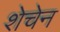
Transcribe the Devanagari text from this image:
शेचेन